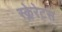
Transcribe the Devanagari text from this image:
स्क्लेरेटस